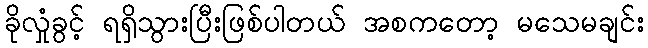
ခိုလှုံခွင့် ရရှိသွားပြီးဖြစ်ပါတယ် အစကတော့ မသေမချင်း